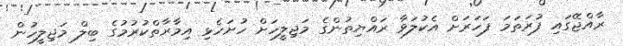
ރާއްޖޭގަައި ފުރަތަމަ ފަހަރަށް އެކުލަވާ ރައްޔިތުންގެ މަޖިލީހަށް ހުށަހެޅި އިމާރާތްކުރުމުގެ ބިލް މަޖިލީހުން